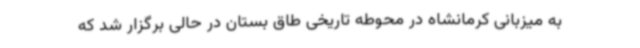
به میزبانی کرمانشاه در محوطه تاریخی طاق بستان در حالی برگزار شد که